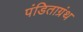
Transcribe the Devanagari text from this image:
पंडिताग्रंथ